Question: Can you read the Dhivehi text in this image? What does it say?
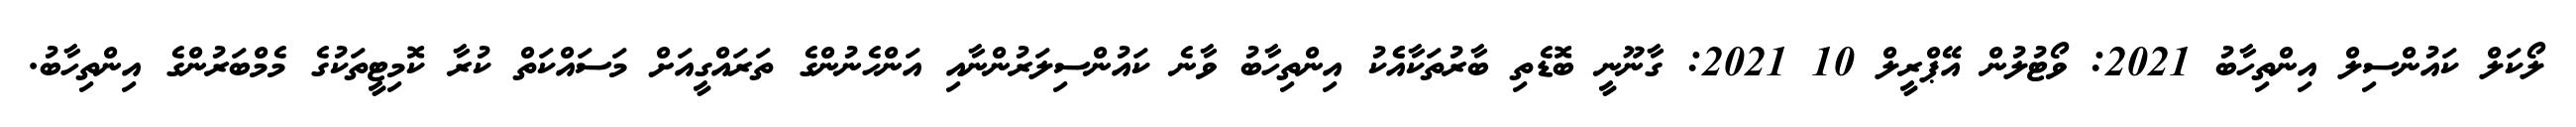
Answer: ލޯކަލް ކައުންސިލް އިންތިހާބު 2021: ވޯޓުލުން އޭޕްރީލް 10 2021: ގާނޫނީ ބޮޑެތި ބާރުތަކާއެެކު އިންތިހާބު ވާނެ ކައުންސިލަރުންނާއި އަންހެނުންގެ ތަރައްގީއަށް މަސައްކަތް ކުރާ ކޮމިޓީތަކުގެ މެމްބަރުންގެ އިންތިހާބު.